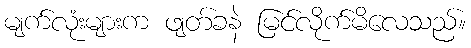
မျက်လုံးများက ဖျတ်ခနဲ မြင်လိုက်မိလေသည်။